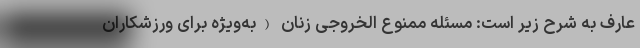
عارف به شرح زیر است: مسئله ممنوع‌ الخروجی زنان (به‌ویژه برای ورزشکاران